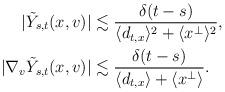
LaTeX: \begin{align*} \begin{aligned} |\tilde Y_{s,t}(x,v)| &\lesssim \frac{ \delta (t-s)}{\langle d_{t,x} \rangle^2 + \langle x^\perp\rangle^2},\\ |\nabla_v \tilde Y_{s,t}(x,v)| &\lesssim \frac{\delta (t-s)}{\langle d_{t,x} \rangle + \langle x^\perp\rangle}.\end{aligned}\end{align*}